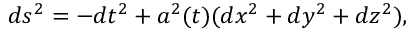
d s ^ { 2 } = - d t ^ { 2 } + a ^ { 2 } ( t ) ( d x ^ { 2 } + d y ^ { 2 } + d z ^ { 2 } ) ,